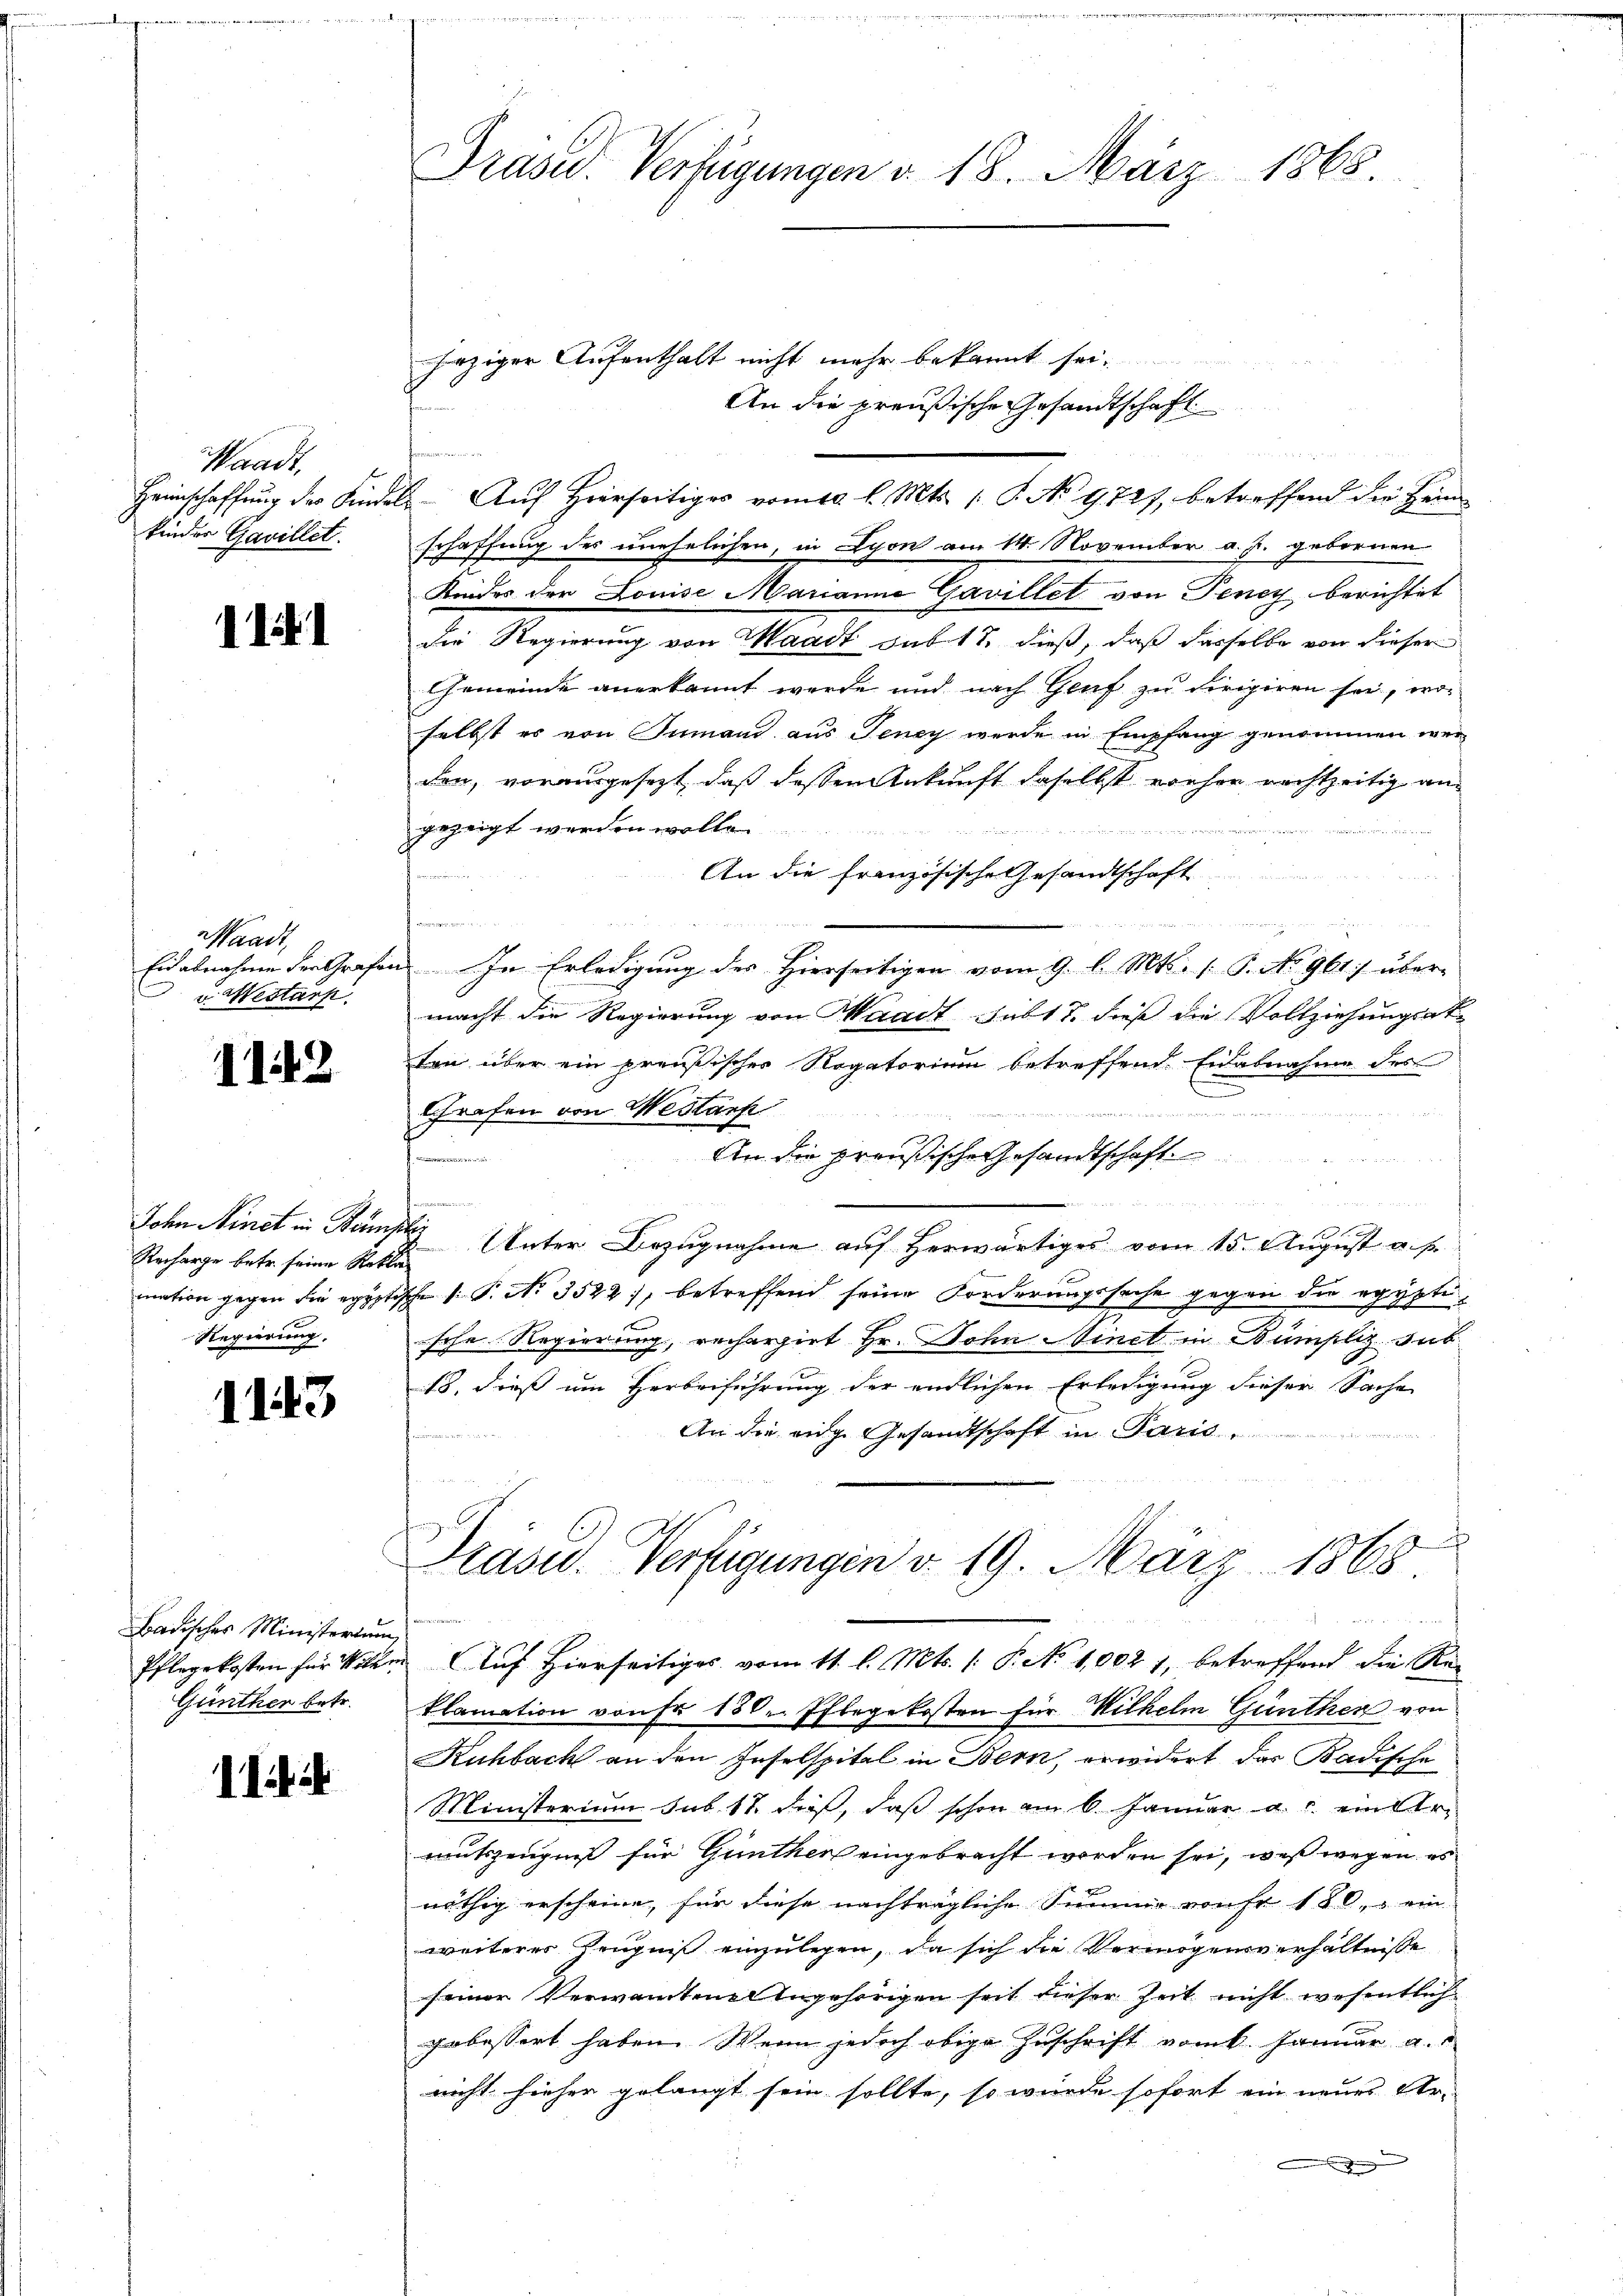
Waadt,
Heimschaffung der Kinde
kinder Gavillet.

111

Waadt,
Eid abnahme der Grafen
 v. Westark.

1142

Recharge betr. seine Rekla¬

1143

Badisches Ministertum,
Günther betr.

11

Präsid. Verfügungen d. 18. März 1865.

hrziger Aufenthalt nicht mehr bekannt sei.
An die preußische Gesandtschaft
e
u
schaffung des unehelichen, in Lyon am 14. November a. p. gebornen
Kinder der Louise Marianne Gavillet von Feney berichtet
die Regierung von Waadt sub 15. dieß, daß dasselbe von dieser
Gemeinde anerkannt werde und nach Genf zu dirigiren sei, woselbst es von Jemand aus Jeney werde in Empfang genommen wer
den, vorausgesezt, daß dessen Ankunft daselbst vorher nachtzeitig angezeigt werden wollen

An die französische Gesandtschaft
n
u
 In Erledigung des Hierseitigen vom 9. l. Mts. (T. No 961) über
macht die Regierung von Waadt subt 7. diese die Vollziehungsat-
ten über ein preußischer Rogatorium betreffend Eidabnahme des
Grafen von Westan
d
An die preußische Gesandtschaft
n

10t.
John Minet in Samste Unter Bezugnahme auf Herwärtiges vom 15. August u. s.
mation gegen die egyptische s. S. Nr. 3522), betreffend seine Forderungssache gegen die egypti¬
Regierung. Hohe Regierung, rechargirt Hr. Sohn Ninct in Dümpliz sub
18. dieß um Herbeiführung der endlichen Erledigung dieser Sache
An die eige Gesandtschaft in Paris
.
Prasid. Verfügungen d. 19. März 1868.
e
u
Pflegekosten für Mitten Auf hierseitiges vom 11. l. Mts. 1. P. No 1002 1, betreffend die Reklamation von Fr. 180. Pflegekosten für Wilhelm Günthen von
Ruhbach an den Inselspital in Bern, erwidert, das Badische
Ministerium sub. 18. dieß, daß schon am 6. Januar a. c. einer
mutszeugnis für Günther eingebracht worden sei, was wegen es
nöthig erscheine, für diese nachträgliche Summe von Fr. 180, ein
weiteres Zeugniß einzulegen, da sich die Vermögensverhältnisse
seiner Verwandten Angehörigen seit dieser Zeit nicht wesentlich
gebessert haben. Wenn jedoch obige Zuschrift vom k. Januar a.
nicht hieher gelangt sein sollte, so würde sofort ein neues Ur-
u

8. Aŭf Hierseitiges vom 10. l. Mts. 1. P. No 9727 betreffend die Heim